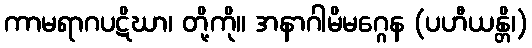
ကာမရာဂပဋိဃာ၊ တို့ကို။ အနာဂါမိမဂ္ဂေန (ပဟီယန္တိ၊)